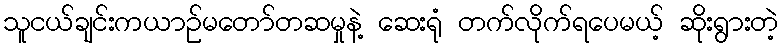
သူငယ်ချင်းကယာဉ်မတော်တဆမှုနဲ့ ဆေးရုံ တက်လိုက်ရပေမယ့် ဆိုးရွားတဲ့